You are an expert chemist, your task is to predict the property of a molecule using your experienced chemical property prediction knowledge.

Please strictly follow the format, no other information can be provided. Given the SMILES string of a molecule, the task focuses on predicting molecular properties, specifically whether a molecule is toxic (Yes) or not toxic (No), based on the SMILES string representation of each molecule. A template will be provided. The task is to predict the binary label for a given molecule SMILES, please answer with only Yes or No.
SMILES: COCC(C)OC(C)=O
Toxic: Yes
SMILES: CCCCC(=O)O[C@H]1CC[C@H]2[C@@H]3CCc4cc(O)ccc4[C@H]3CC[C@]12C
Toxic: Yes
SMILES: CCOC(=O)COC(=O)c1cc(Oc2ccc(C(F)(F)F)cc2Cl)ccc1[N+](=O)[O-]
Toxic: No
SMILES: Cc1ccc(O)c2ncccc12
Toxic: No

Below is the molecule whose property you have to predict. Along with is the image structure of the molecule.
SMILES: OCc1ccccn1
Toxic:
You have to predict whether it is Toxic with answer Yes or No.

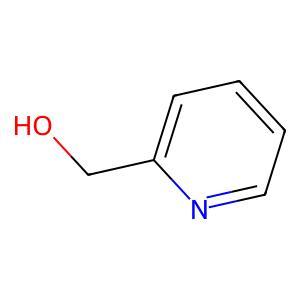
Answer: No